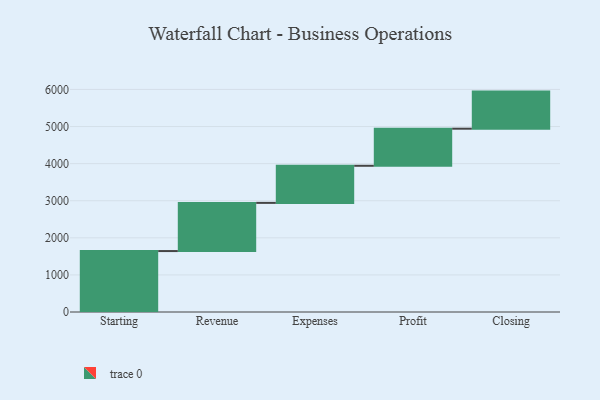
{"axis": {"x": "Step", "y": "Value"}, "legend": [""], "data": [{"x": "Starting", "y": 1643.0, "type": ""}, {"x": "Revenue", "y": 1299.0, "type": ""}, {"x": "Expenses", "y": 1000, "type": ""}, {"x": "Profit", "y": 1000, "type": ""}, {"x": "Closing", "y": 1000, "type": ""}]}